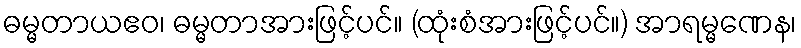
ဓမ္မတာယဧဝ၊ ဓမ္မတာအားဖြင့်ပင်။ (ထုံးစံအားဖြင့်ပင်။) အာရမ္မဏေန၊